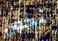
تكون